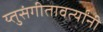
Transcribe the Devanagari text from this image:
य्तुसंगीतावर्त्यांनी